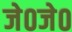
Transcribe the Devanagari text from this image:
जे०जे०